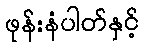
ဖုန်းနံပါတ်နှင့်